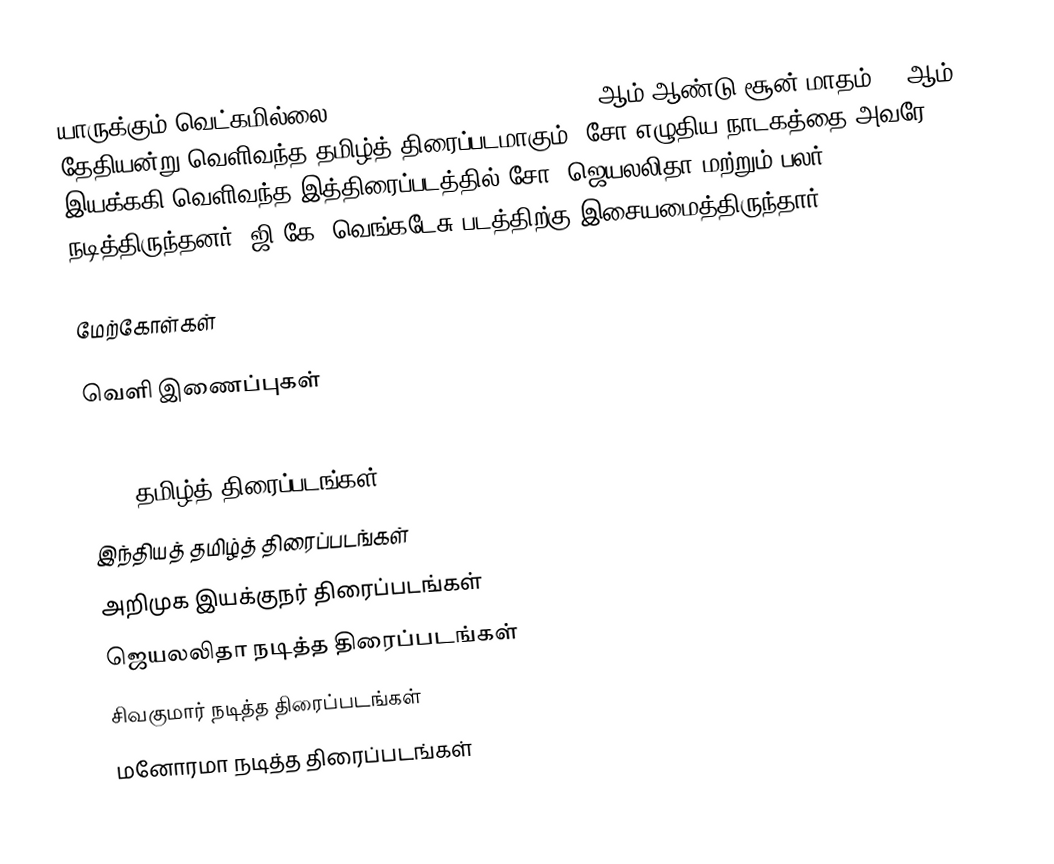
யாருக்கும் வெட்கமில்லை (Yarukkum Vetkam Illai) 1975 ஆம் ஆண்டு சூன் மாதம் 13 ஆம் தேதியன்று வெளிவந்த தமிழ்த் திரைப்படமாகும். சோ எழுதிய நாடகத்தை அவரே இயக்ககி வெளிவந்த இத்திரைப்படத்தில் சோ, ஜெயலலிதா மற்றும் பலர் நடித்திருந்தனர். ஜி.கே. வெங்கடேசு படத்திற்கு இசையமைத்திருந்தார்

மேற்கோள்கள்

வெளி இணைப்புகள்

1975 தமிழ்த் திரைப்படங்கள்
இந்தியத் தமிழ்த் திரைப்படங்கள்
அறிமுக இயக்குநர் திரைப்படங்கள்
ஜெயலலிதா நடித்த திரைப்படங்கள்
சிவகுமார் நடித்த திரைப்படங்கள்
மனோரமா நடித்த திரைப்படங்கள்